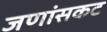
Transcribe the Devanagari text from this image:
जणांसकट